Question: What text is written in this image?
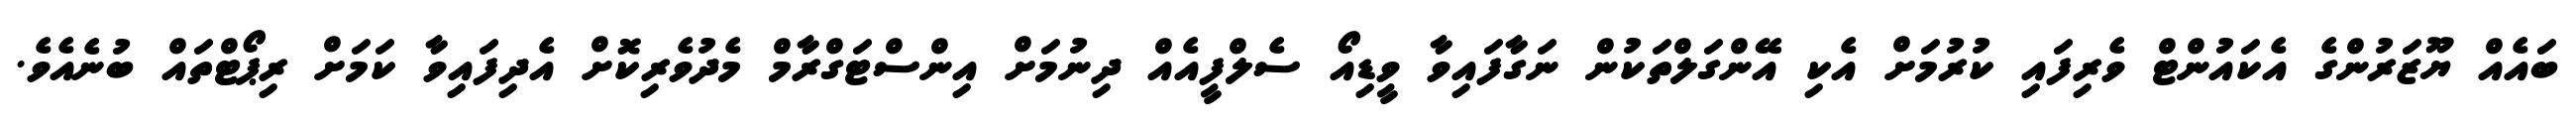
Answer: ބައެއް ޔޫޒަރުންގެ އެކައުންޓް ވެރިފައި ކުރުމަށް އެކި އޭންގަލްތަކުން ނަގާފައިވާ ވީޑިއޯ ސެލްފީއެއް ދިނުމަށް އިންސްޓަގްރާމް މެދުވެރިކޮށް އެދިފައިވާ ކަމަށް ރިޕޯޓްތައް ބުނެއެވެ.